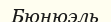
Бюнюэль